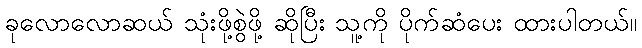
ခုလောလောဆယ် သုံးဖို့စွဲဖို့ ဆိုပြီး သူ့ကို ပိုက်ဆံပေး ထားပါတယ်။